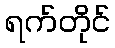
ရက်တိုင်